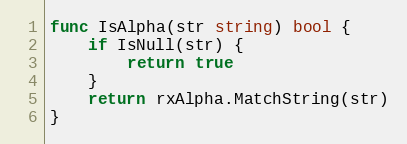
Language: Go
func IsAlpha(str string) bool {
	if IsNull(str) {
		return true
	}
	return rxAlpha.MatchString(str)
}